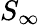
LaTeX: S_{\infty}